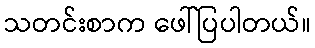
သတင်းစာက ဖေါ်ပြပါတယ်။